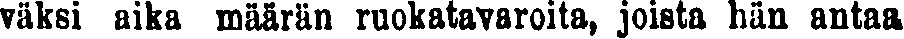
väksi aika määrän ruokatavaroita, joista hän antaa